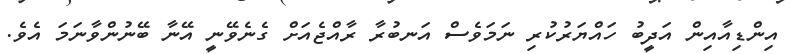
އިންޑިއާއިން އަދީބު ހައްޔަރުކުރި ނަމަވެސް އަނބުރާ ރާއްޖެއަށް ގެނެވޭނީ އޭނާ ބޭނުންވާނަމަ އެވެ.